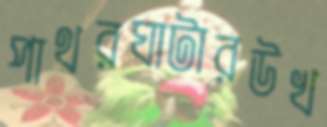
পাথরঘাটারউখ